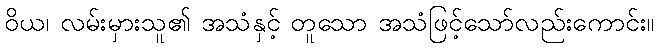
ဝိယ၊ လမ်းမှားသူ၏ အသံနှင့် တူသော အသံဖြင့်သော်လည်းကောင်း။